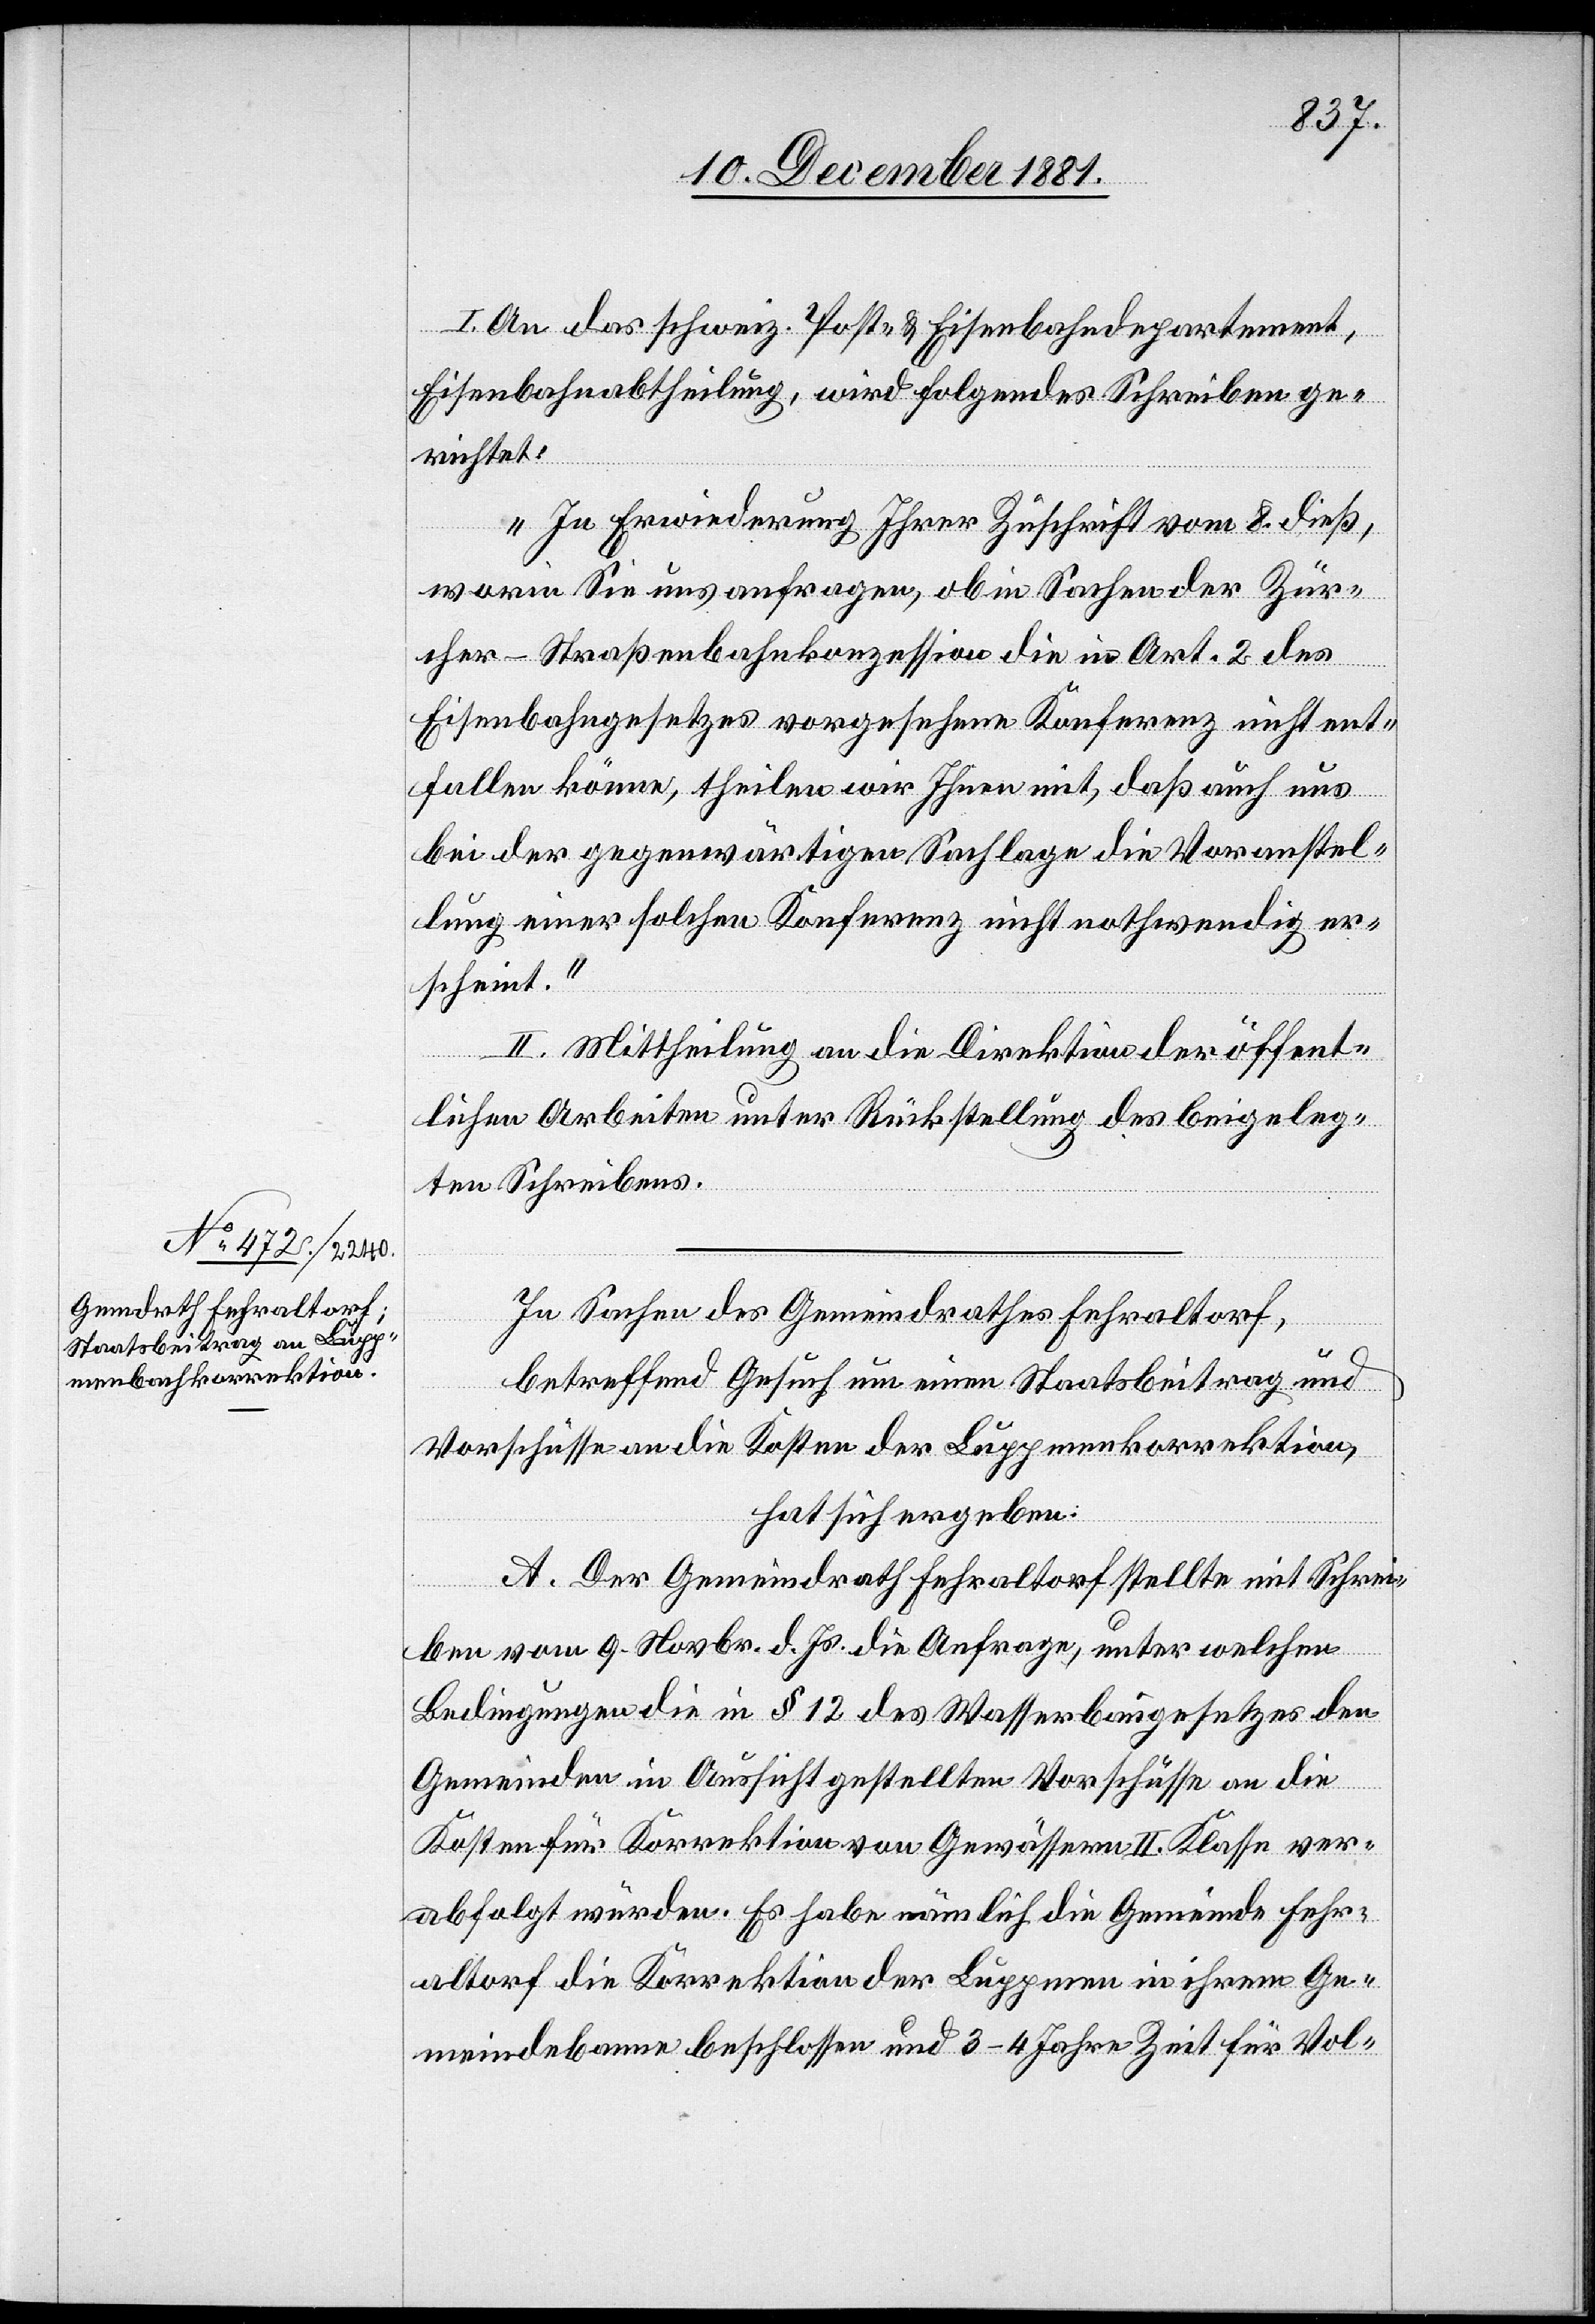
I. An das schweiz. Post- & Eisenbahndepartement,
Eisenbahnabtheilung, wird folgendes Schreiben ge¬
richtet:
„In Erwiederung [sic!] Ihrer Zuschrift vom 8. dieß,
worin Sie uns anfragen, ob in Sachen der Zür¬
cher-Straßenbahnkonzession die in Art. 2 des
Eisenbahngesetzes vorgesehene Konferenz nicht ent¬
fallen könne, theilen wir Ihnen mit, daß auch uns
bei der gegenwärtigen Sachlage die Voranstel¬
lung einer solchen Konferenz nicht nothwendig er¬
scheint.“
II. Mittheilung an die Direktion der öffent¬
lichen Arbeiten unter Rückstellung des beigeleg¬
ten Schreibens.
In Sachen des Gemeindrathes Fehraltorf,
betreffend Gesuch um einen Staatsbeitrag und
Vorschusse an die Kosten der Luppmenkorrektion,
hat sich ergeben:
A. Der Gemeindrath Fehraltorf stellte mit Schrei¬
ben vom 9. Novbr. d. Js. die Anfrage, unter welchen
Bedingungen die in § 12 des Wasserbaugesetzes den
Gemeinden in Aussicht gestellten Vorschüsse an die
Kosten für Korrektion von Gewässern II. Klasse ver¬
abfolgt würden. Es haben nämlich die Gemeinde Fehr¬
altorf die Korrektion der Luppmen in ihrem Ge¬
meindebanne beschlossen und 3–4 Jahre Zeit für Vol-